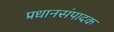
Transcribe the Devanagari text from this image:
प्रधानसंपादक